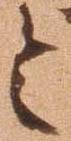
令